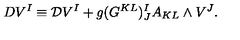
D V ^ { I } \equiv { \cal D } V ^ { I } + g ( G ^ { K L } ) _ { J } ^ { I } A _ { K L } \wedge V ^ { J } .